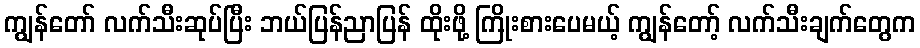
ကျွန်တော် လက်သီးဆုပ်ပြီး ဘယ်ပြန်ညာပြန် ထိုးဖို့ ကြိုးစားပေမယ့် ကျွန်တော့် လက်သီးချက်တွေက